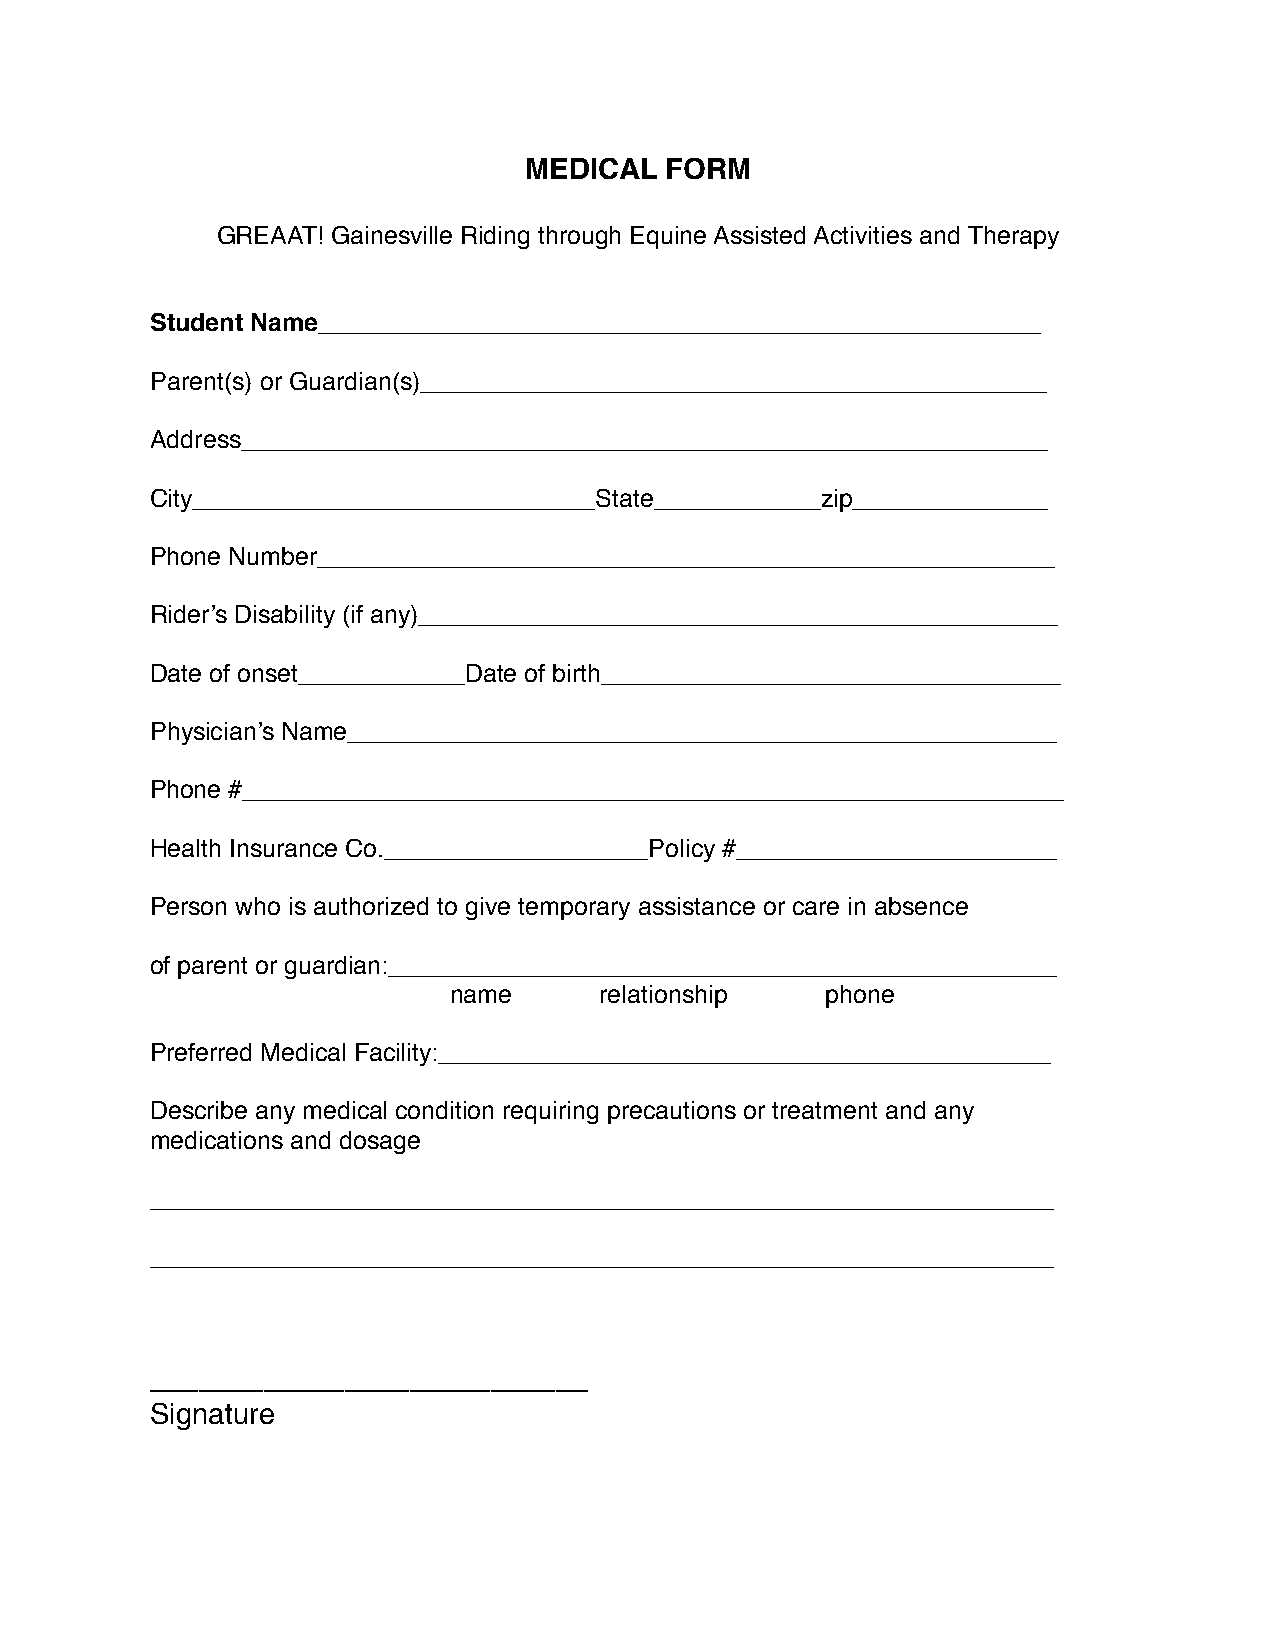
MEDICAL  FORM
 GREAAT! Gainesville Riding through Equine Assisted Activities and Therapy
 Student Name____________________________________________________
 Parent(s) or Guardian(s)_____________________________________________
 Address__________________________________________________________
 City_____________________________State____________zip______________
 Phone Number_____________________________________________________
 Rider’s Disability (if any)______________________________________________
 Date of onset____________Date of birth_________________________________
 Physician’s Name___________________________________________________
 Phone #___________________________________________________________
 Health Insurance Co.___________________Policy #_______________________
 Person who is authorized to give temporary assistance or care in absence
 of parent or guardian:________________________________________________
 name      relationship   phone
 Preferred Medical Facility:____________________________________________
 Describe any medical condition requiring precautions or treatment and any
 medications and dosage
 _________________________________________________________________
 _________________________________________________________________
 ___________________________
 Signature